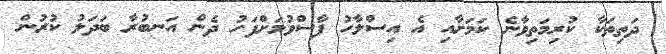
ދަތިތަކާ ކުރިމަތިވާނެ ކަމަށާއި އެ އިސްލާހު ފާސްވުމަށްފަހު ދެން އަނބުރާ ބަދަލު ކުރުން